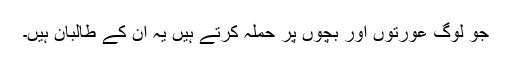
جو لوگ عورتوں اور بچوں پر حملہ کرتے ہیں یہ ان کے طالبان ہیں۔